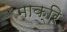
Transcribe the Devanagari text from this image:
माक्रि